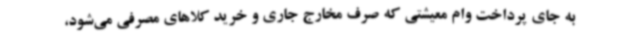
به جای پرداخت وام معیشتی که صرف مخارج جاری و خرید کلاهای مصرفی می‌شود،